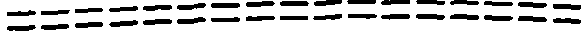
=================